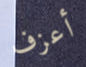
أعزف